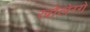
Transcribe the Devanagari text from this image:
खोलेग्गे